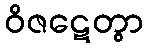
ဝိဇဋေတွာ